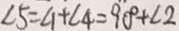
\angle 5 = \angle 1 + \angle 4 = 9 0 ^ { \circ } + \sqrt { 2 }